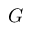
G